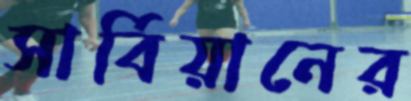
সার্বিয়ানের